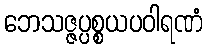
ဘေသဇ္ဇပ္ပစ္စယပဝါရဏံ